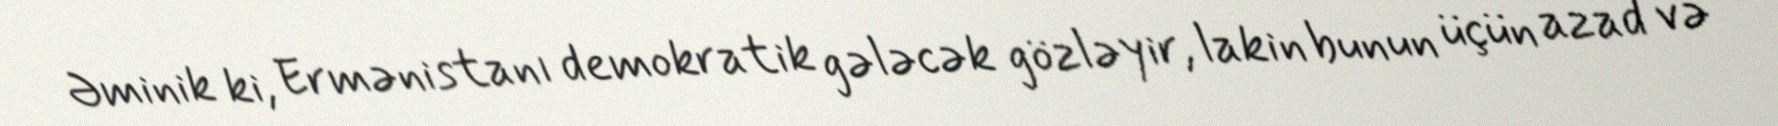
Əminik ki, Ermənistanı demokratik gələcək gözləyir, lakin bunun üçün azad və